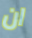
ان